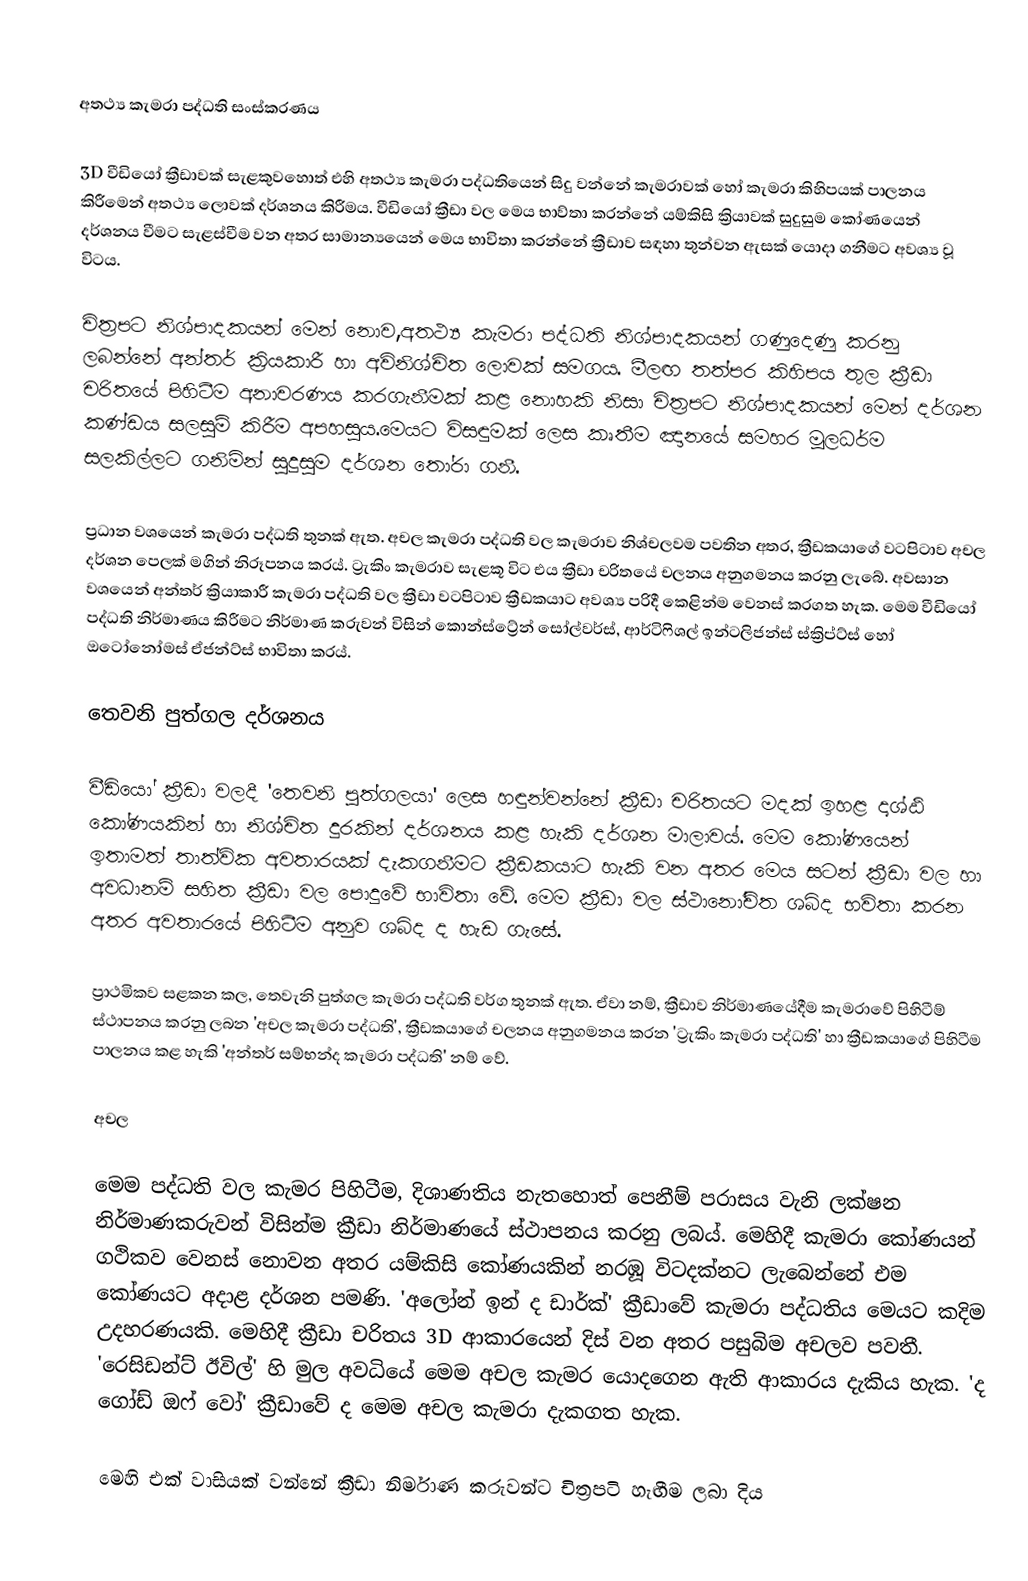

අතථ්‍ය කැමරා පද්ධති සංස්කරණය

3D වීඩියෝ ක්‍රීඩාවක් සැළකුවහොත් එහි අතථ්‍ය කැමරා පද්ධතියෙන් සිදු වන්නේ කැමරාවක් හෝ කැමරා කිහිපයක් පාලනය කිරීමෙන් අතථ්‍ය ලොවක් දර්ශනය කිරීමය. වීඩියෝ ක්‍රීඩා වල මෙය භාව්තා කරන්නේ යම්කිසි ක්‍රියාවක් සුදුසුම කෝණයෙන් දර්ශනය වීමට සැළස්වීම වන අතර සාමාන්‍යයෙන් මෙය භාවිතා කරන්නේ  ක්‍රීඩාව සඳහා තුන්වන ඇසක් යොදා ගනීමට අවශ්‍ය වූ විටය.

චිත්‍රපට නිශ්පාදකයන් මෙන් නොව,අතථ්‍ය කැමරා පද්ධති නිශ්පාදකයන් ගණුදෙණු කරනු ලබන්නේ අන්තර් ක්‍රියකාරී හා අවිනිශ්චිත ලොවක් සමගය. මීලඟ තත්පර කිහිපය තුල ක්‍රීඩා චරිතයේ පිහිටීම අනාවරණය කරගැනීමක් කළ නොහකි නිසා චිත්‍රපට නිශ්පාදකයන් මෙන් දර්ශන කණ්ඩය සලසුම් කිරීම අපහසුය.මෙයට විසඳුමක් ලෙස කෘතීම ඤානයේ සමහර මූලධර්ම සලකිල්ලට ගනිමින් සුදුසුම දර්ශන තෝරා ගනී.

ප්‍රධාන වශයෙන් කැමරා පද්ධති තුනක් ඇත. අචල කැමරා පද්ධති වල කැමරාව නිශ්චලවම පවතින අතර, ක්‍රීඩකයාගේ වටපිටාව අචල දර්ශන පෙලක් මගින් නිරූපනය කරය්. ට්‍රැකිං කැමරාව සැළකූ විට එය ක්‍රීඩා චරිතයේ චලනය අනුගමනය කරනු ලැබේ. අවසාන වශයෙන් අන්තර් ක්‍රියාකාරී කැමරා පද්ධති වල ක්‍රීඩා වටපිටාව ක්‍රීඩකයාට අවශ්‍ය පරිදී කෙළින්ම වෙනස් කරගත හැක. මෙම වීඩියෝ පද්ධති නිර්මාණය කිරීමට නිර්මාණ කරුවන් විසින් කොන්ස්ට්‍රේන් සෝල්වර්ස්, ආර්ටිෆිශල් ඉන්ටලිජන්ස් ස්ක්‍රිප්ට්ස් හෝ ඔටෝනෝමස් ඒජන්ට්ස් භාවිතා කරය්.

තෙවනි පුත්ගල දර්ශනය

වීඩියෝ ක්‍රීඩා වලදී  'තෙවනි පුත්ගලයා' ලෙස හඳුන්වන්නේ ක්‍රීඩා චරිතයට මදක් ඉහළ දෘශ්ඨි කෝණයකින් හා නිශ්චිත දුරකින් දර්ශනය කළ හැකි දර්ශන මාලාවය්. මෙම කෝණයෙන් ඉතාමත් තාත්වික අවතාරයක් දැකගනීමට ක්‍රීඩකයාට හැකි වන අතර මෙය සටන් ක්‍රීඩා වල හා අවධානම් සහිත ක්‍රීඩා වල පොදුවේ භාවිතා වේ. මෙම ක්‍රීඩා වල ස්ථානෝචිත ශබ්ද භවිතා කරන අතර අවතාරයේ පිහිටීම අනුව ශබ්ද ද හැඩ ගැසේ.

ප්‍රාථමිකව සළකන කල, තෙවැනි පුත්ගල කැමරා පද්ධති වර්ග තුනක් ඇත. ඒවා නම්, ක්‍රීඩාව නිර්මාණයේදීම කැමරාවේ පිහිටීම් ස්ථාපනය කරනු ලබන 'අචල කැමරා පද්ධති', ක්‍රීඩකයාගේ චලනය අනුගමනය කරන 'ට්‍රැකිං කැමරා පද්ධති' හා ක්‍රීඩකයාගේ පිහිටීම පාලනය කළ හැකි 'අන්තර් සම්භන්ද කැමරා පද්ධති' නම් වේ.

අචල

මෙම පද්ධති වල කැමර පිහිටීම, දිශාණතිය නැතහොත් පෙනීම් පරාසය වැනි ලක්ෂන නිර්මාණකරුවන් විසින්ම ක්‍රීඩා නිර්මාණයේ ස්ථාපනය කරනු ලබය්. මෙහිදී කැමරා කෝණයන් ගථිකව වෙනස් නොවන අතර යම්කිසි කෝණයකින් නරඹූ විටදක්නට ලැබෙන්නේ එම කෝණයට අදාළ දර්ශන පමණි. 'අලෝන් ඉන් ද ඩාර්ක්' ක්‍රීඩාවේ කැමරා පද්ධතිය මෙයට කදිම උදහරණයකි. මෙහිදී ක්‍රීඩා චරිතය 3D ආකාරයෙන් දිස් වන අතර පසුබිම අචලව පවතී. 'රෙසිඩන්ට් ඊවිල්' හි මුල අවධියේ මෙම අචල කැමර යොදගෙන ඇති ආකාරය දැකිය හැක. 'ද ගෝඩ් ඔෆ් වෝ' ක්‍රීඩාවේ ද මෙම අචල කැමරා දැකගත හැක.

මෙහි එක් වාසියක් වන්නේ ක්‍රීඩා නිර්මාණ කරුවන්ට චිත්‍රපටි හැඟීම ලබා දිය